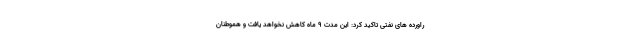
راورده های نفتی تاکید کرد: این مدت ۹ ماه کاهش نخواهد یافت و هموطنان